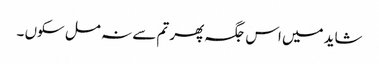
شاید میں اس جگہ پھر تم سے نہ مل سکوں ۔